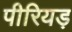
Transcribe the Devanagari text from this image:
पीरियड़